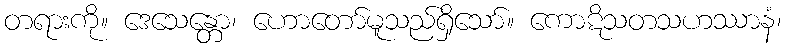
တရားကို။ ဒေသေန္တော၊ ဟောတော်မူသည်ရှိသော်။ ကောဋိသတသဟဿာနံ၊